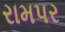
રામપર